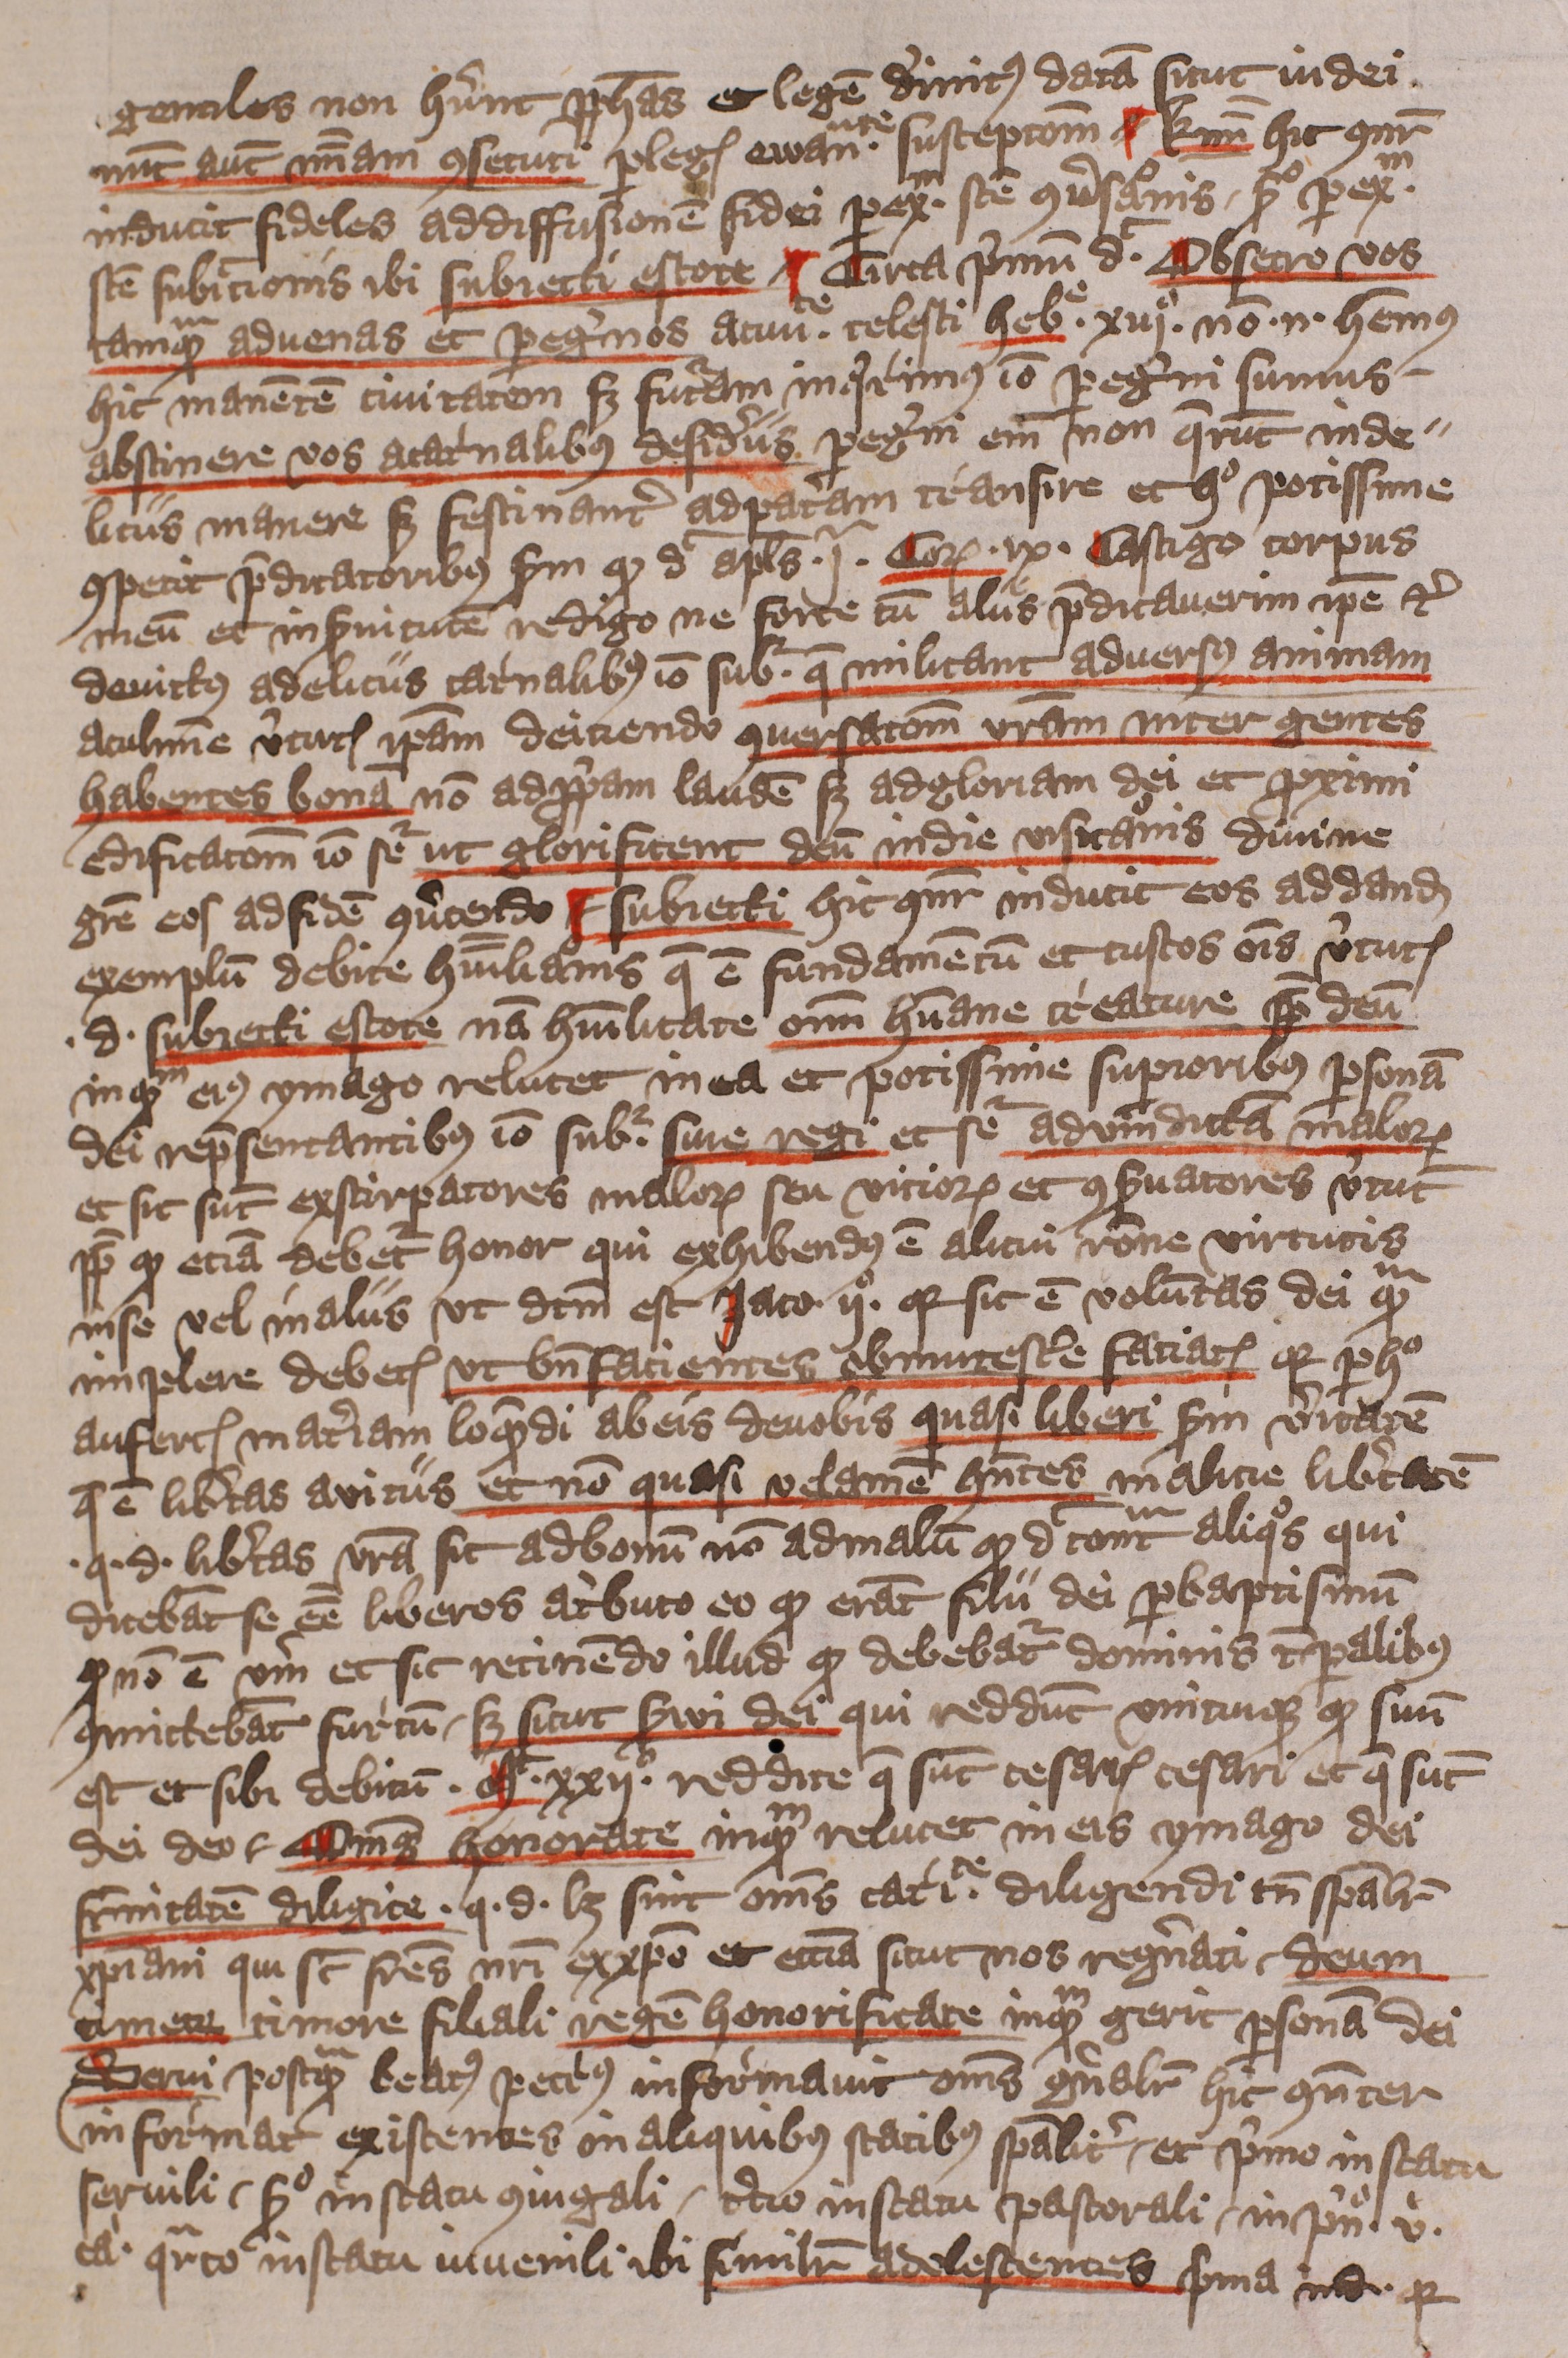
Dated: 1405–1407